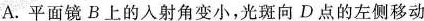
A.平面镜B上的入射角变小，光斑向D点的左侧移动